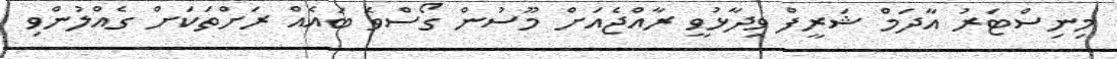
މިނިސްޓަރު އާދަމް ޝަރީފް ވިދާޅުވީ ރާއްޖެއަށް މޫސުން ގޯސްވެ ބައެއް ރަށްތަކަށް ގެއްލުންވި